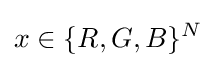
x\in \{R,G,B\}^{N}